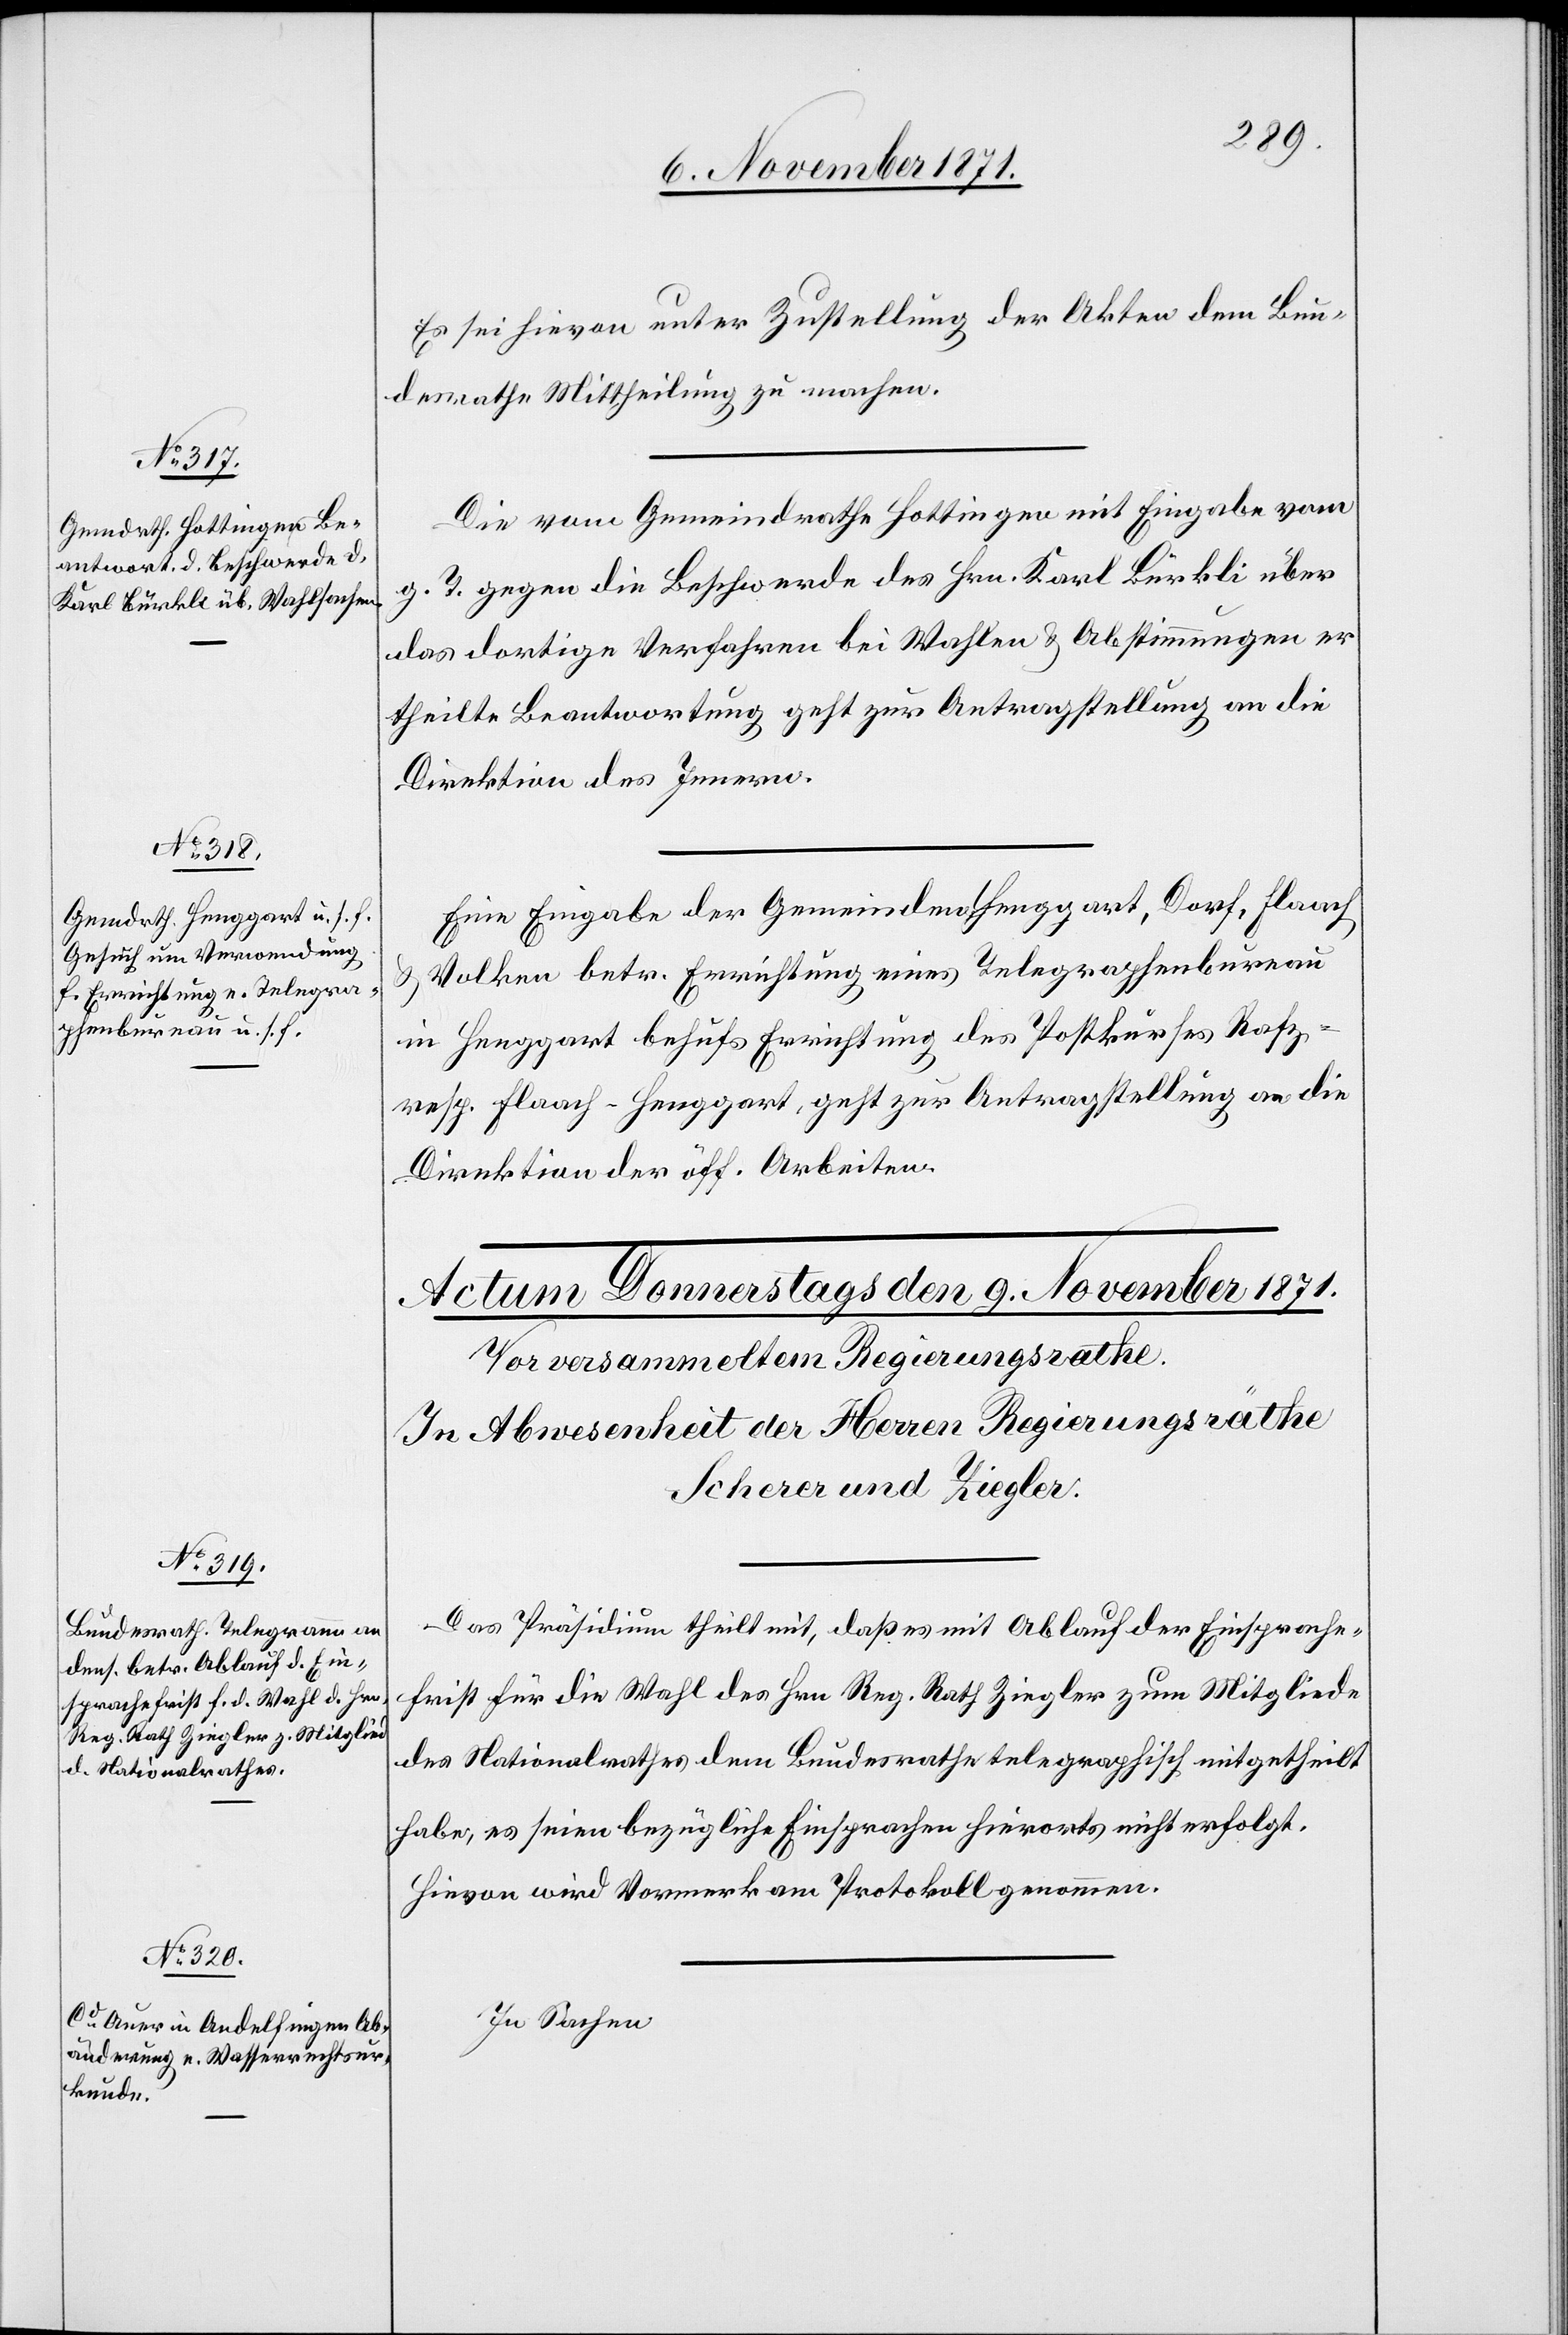
8. November 1871.]
Es sei hievon unter Zustellung der Akten dem Bun¬
desrathe Mittheilung zu machen.
Die vom Gemeindrathe Hottingen mit Eingabe vom
g. T. gegen die Beschwerde des Hrn. Karl Bürkli über
das dortige Verfahren bei Wahlen & Abstimmungen er¬
theilte Beantwortung geht zur Antragstellung an die
Direktion des Innern.
Eine Eingabe der Gemeinden Henggart, Dorf, Flaach
& Volken betr. Errichtung eines Telegraphenbureau
in Henggart behufs Errichtung des Postkurses Rafz–
resp. Flaach–Henggart, geht zur Antragstellung an die
Direktion der öff. Arbeiten.
Das Präsidium theilt mit, daß es mit Ablauf der Einsprache¬
frist für die Wahl des Hrn. Reg. Rath Ziegler zum Mitglied
des Nationalrathes dem Bundesrathe telegraphisch mitgetheilt
habe, es seien bezügliche Einsprachen hierorts nicht erfolgt.
Hievon wird Vormerk am Protokoll genommen.
In Sachen